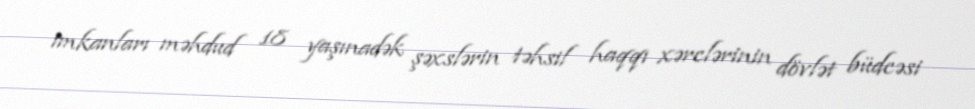
imkanları məhdud 18 yaşınadək şəxslərin təhsil haqqı xərclərinin dövlət büdcəsi